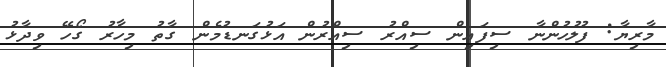
މާރިޔާ: ފުލުހުންނާ ސިފައިން ސިއްރު ސިއްރުން އަޅުގަނޑުމެން ގާތު މިހާރު ގޯހޭ ވިދާޅު